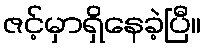
ဇင့်မှာရှိနေခဲ့ပြီ။